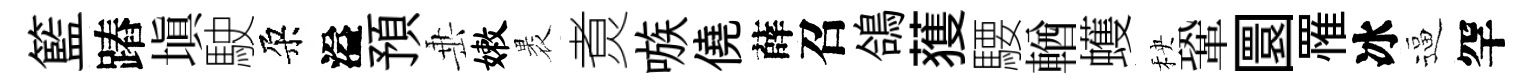
籃蹖塡駛朶溢預𡸁嫩褁煑嗾僥薛召鴿𫉬騕輶蠖秧鞏圜罹冰逼罕